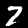
Digit: 7